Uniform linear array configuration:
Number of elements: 24
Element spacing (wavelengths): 0.25
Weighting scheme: uniform
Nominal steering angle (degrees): -15
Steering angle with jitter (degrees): -13.779
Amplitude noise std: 0.05
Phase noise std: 0.05

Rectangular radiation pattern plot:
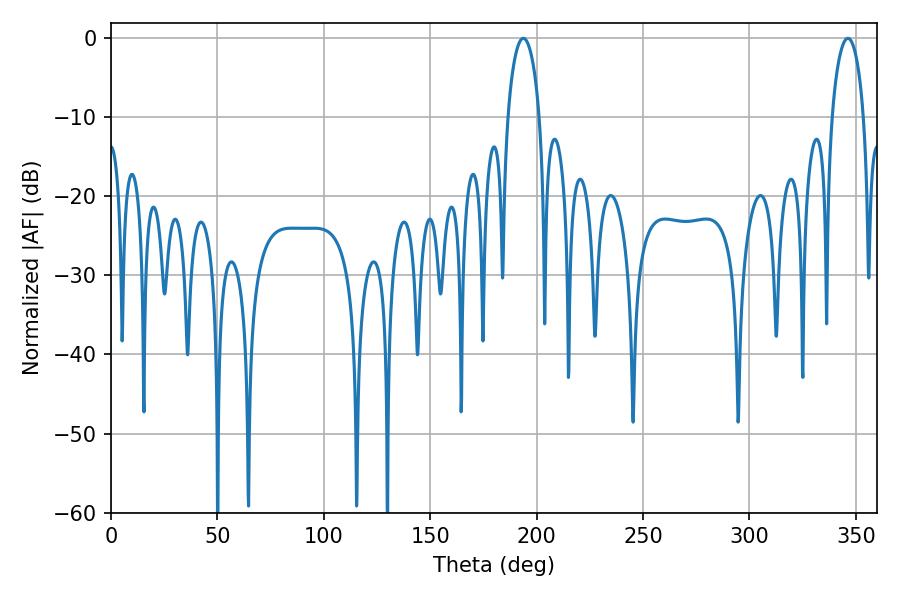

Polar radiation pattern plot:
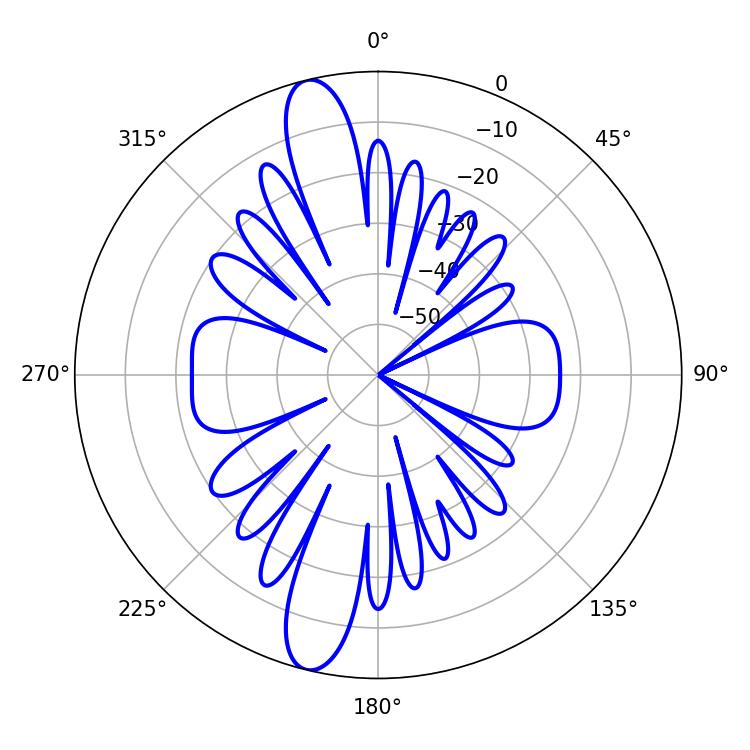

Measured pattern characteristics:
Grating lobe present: FALSE
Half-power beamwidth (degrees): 8.46
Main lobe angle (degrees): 346.32